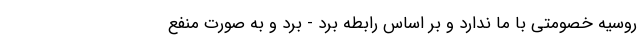
روسیه خصومتی با ما ندارد و بر اساس رابطه برد - برد و به صورت منفع